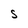
Character: S